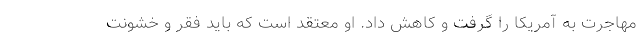
مهاجرت به آمریکا را گرفت و کاهش داد. او معتقد است که باید فقر و خشونت